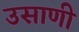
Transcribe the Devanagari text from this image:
उसाणी